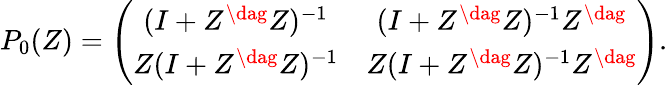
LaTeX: P_{0}(Z)=\left(\begin{array}{cc}{{(I+Z^{\dag}Z)^{-1}}}&{{(I+Z^{\dag}Z)^{-1}Z^{\dag}}}\\ {{Z(I+Z^{\dag}Z)^{-1}}}&{{Z(I+Z^{\dag}Z)^{-1}Z^{\dag}}}\end{array}\right).